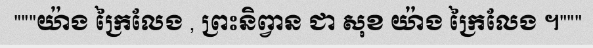
"""យ៉ាង ក្រៃលែង , ព្រះនិព្វាន ជា សុខ យ៉ាង ក្រៃលែង ។"""